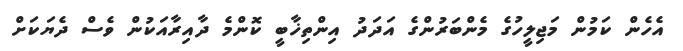
އެހެން ކަމުން މަޖިލީހުގެ މެންބަރުންގެ އަދަދު އިންތިޚާބީ ކޮންމެ ދާއިރާއަކުން ވެސް ދެޔަކަށް